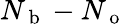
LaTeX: N_{\mathrm{~b~}}-N_{\mathrm{~o~}}